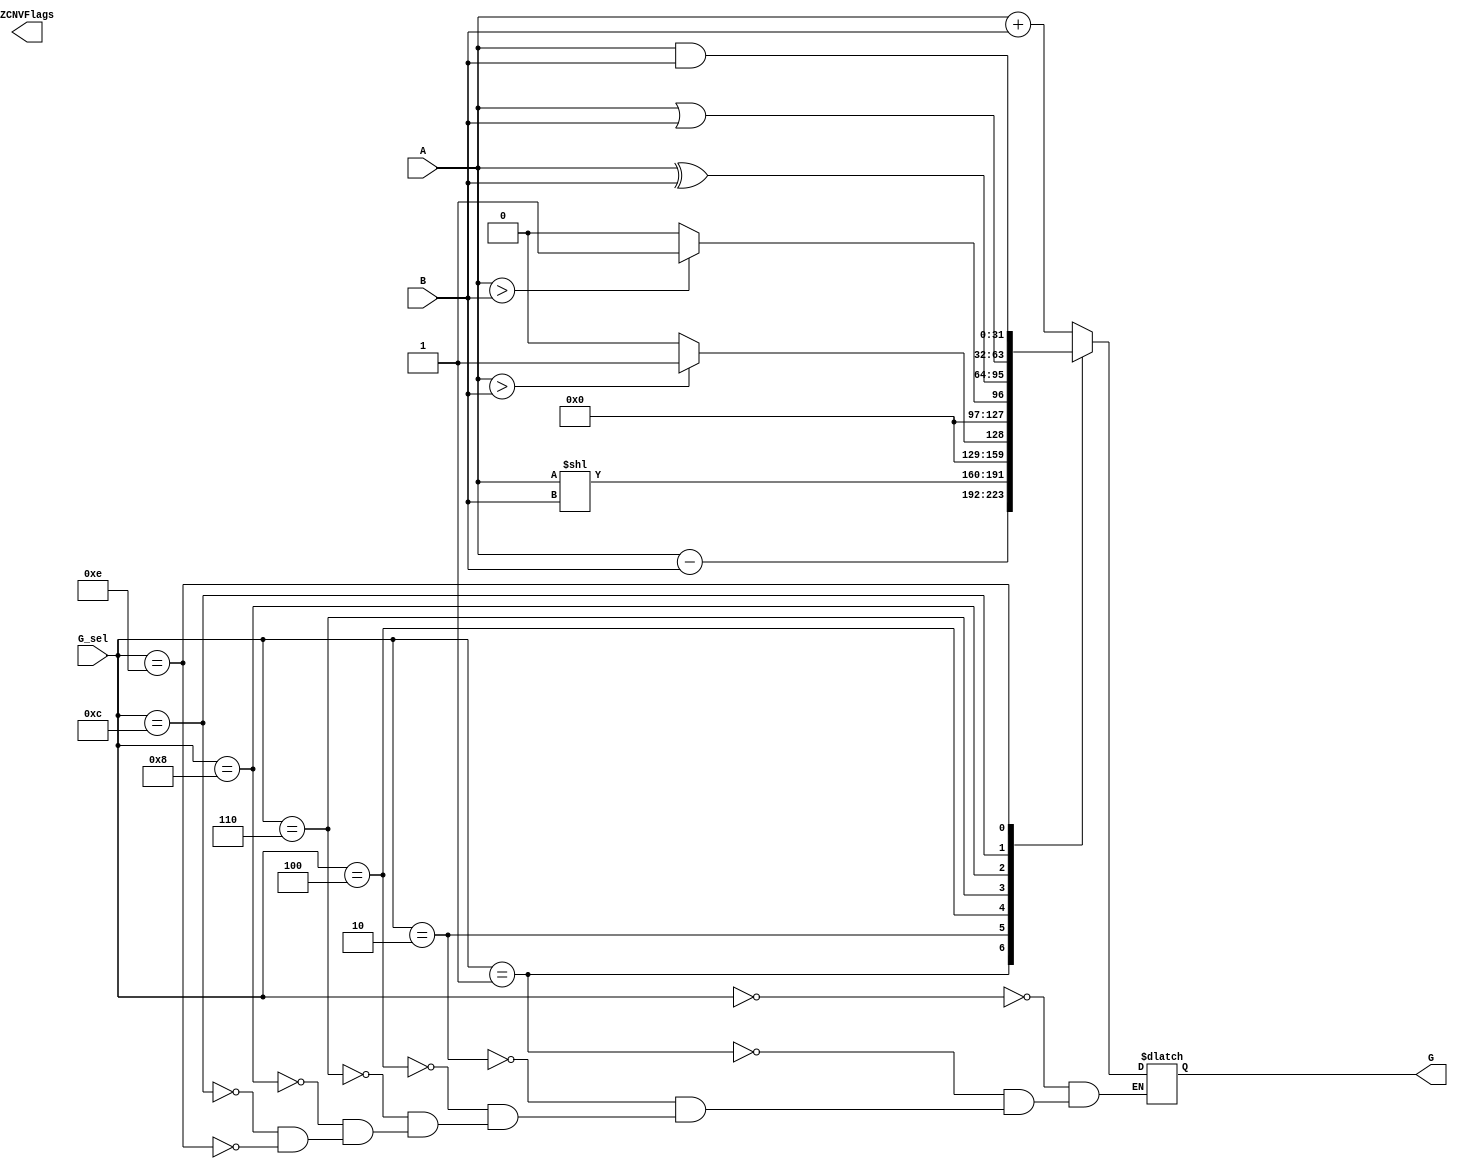
module ALU (
    input [3:0] G_sel,
    input [31:0] A,
    input [31:0] B,
    output reg [31:0] G,
    output  [3:0] ZCNVFlags
);
    
    parameter 
    ADD = 4'b0000,
    SUB = 4'b0001,
    SLL = 4'b0010,
    SLT = 4'b0100,
    SLTU = 4'b0110,
    XOR = 4'b1000,
    SRL = 4'b1010,
    SRA = 4'b1011,
    OR = 4'b1100,
    AND = 4'b1110;

    wire signed [31:0]  A_signed = A, B_signed = B;
    
    
    always @(*) begin
        case(G_sel)
        ADD: G = A + B;
        SUB: G = A - B;
        SLL: G = A << B;
        SLT: G = (A_signed > B_signed) ? 1:0;
        SLTU: G = (A > B) ? 1:0;
        XOR: G = A^B;
        OR: G= A|B;
        AND: G = A&B; 
        endcase
        
    end


endmodule